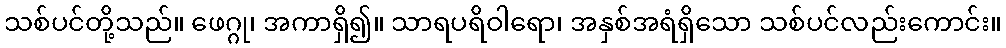
သစ်ပင်တို့သည်။ ဖေဂ္ဂု၊ အကာရှိ၍။ သာရပရိဝါရော၊ အနှစ်အရံရှိသော သစ်ပင်လည်းကောင်း။